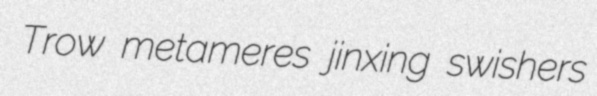
Trow metameres jinxing swishers